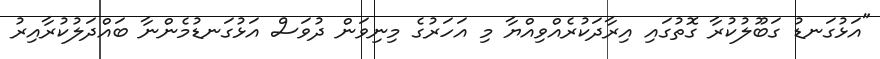
"އަޅުގަނޑު ގަބޫލުކުރާ ގޮތުގައި އިރާދަކުރެއްވިއްޔާ މި އަހަރުގެ މިނިވަން ދުވަސް އަޅުގަނޑުމެންނާ ބައްދަލުކުރާއިރު